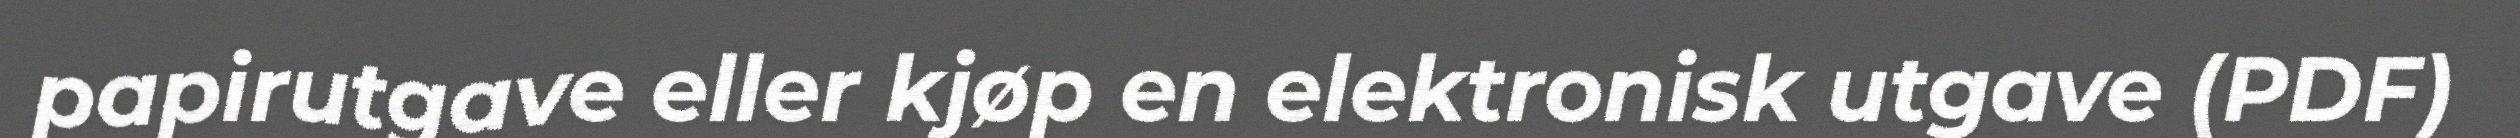
papirutgave eller kjøp en elektronisk utgave (PDF)